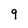
Character: 9